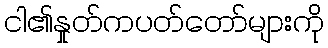
ငါ၏နှုတ်ကပတ်တော်များကို